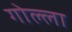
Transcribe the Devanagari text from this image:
गोल्ला